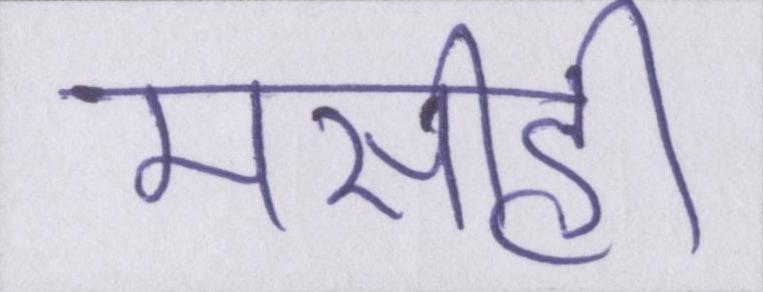
मसीही